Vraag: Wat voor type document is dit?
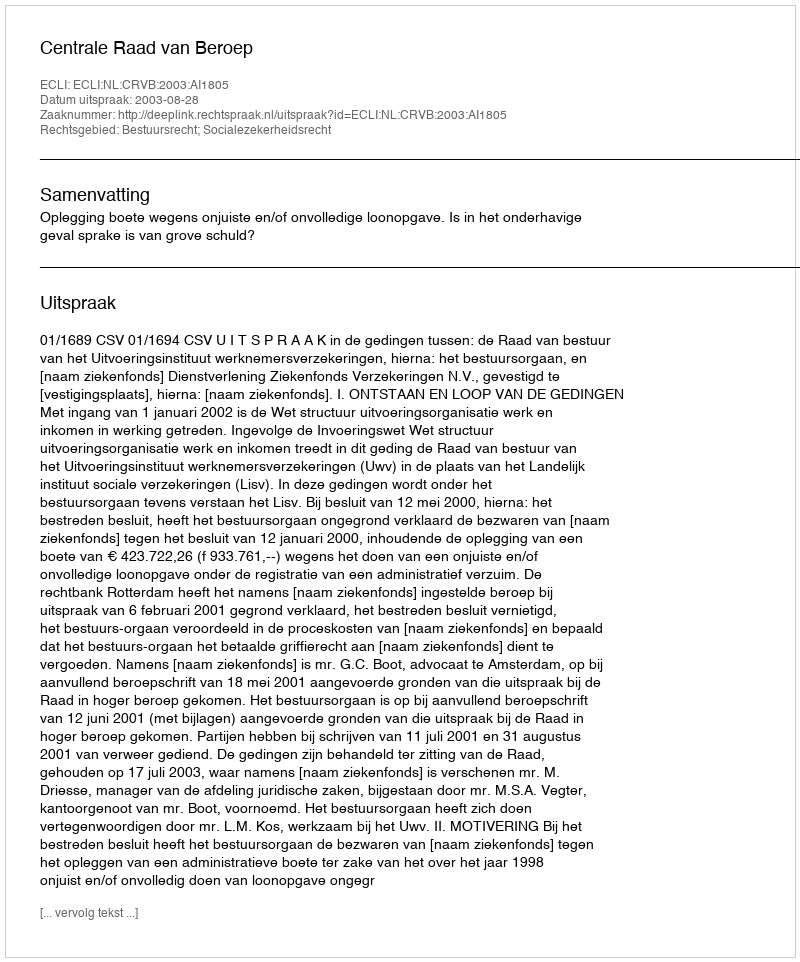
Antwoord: Uitspraak